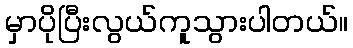
မှာပိုပြီးလွယ်ကူသွားပါတယ်။